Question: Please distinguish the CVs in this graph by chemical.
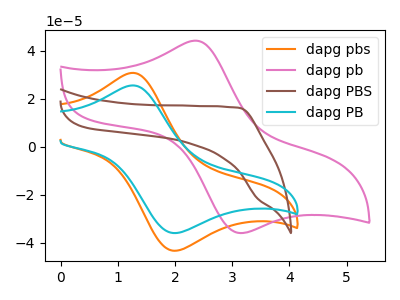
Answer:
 <answer>The orange curve is labeled "dapg pbs". The pink curve is labeled "dapg pb". The brown curve is labeled "dapg PBS". The cyan curve is labeled "dapg PB".</answer>
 <eval></eval>